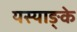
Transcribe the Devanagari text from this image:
यस्याङ्के